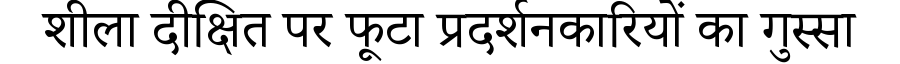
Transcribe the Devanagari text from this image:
शीला दीक्षित पर फूटा प्रदर्शनकारियों का गुस्सा